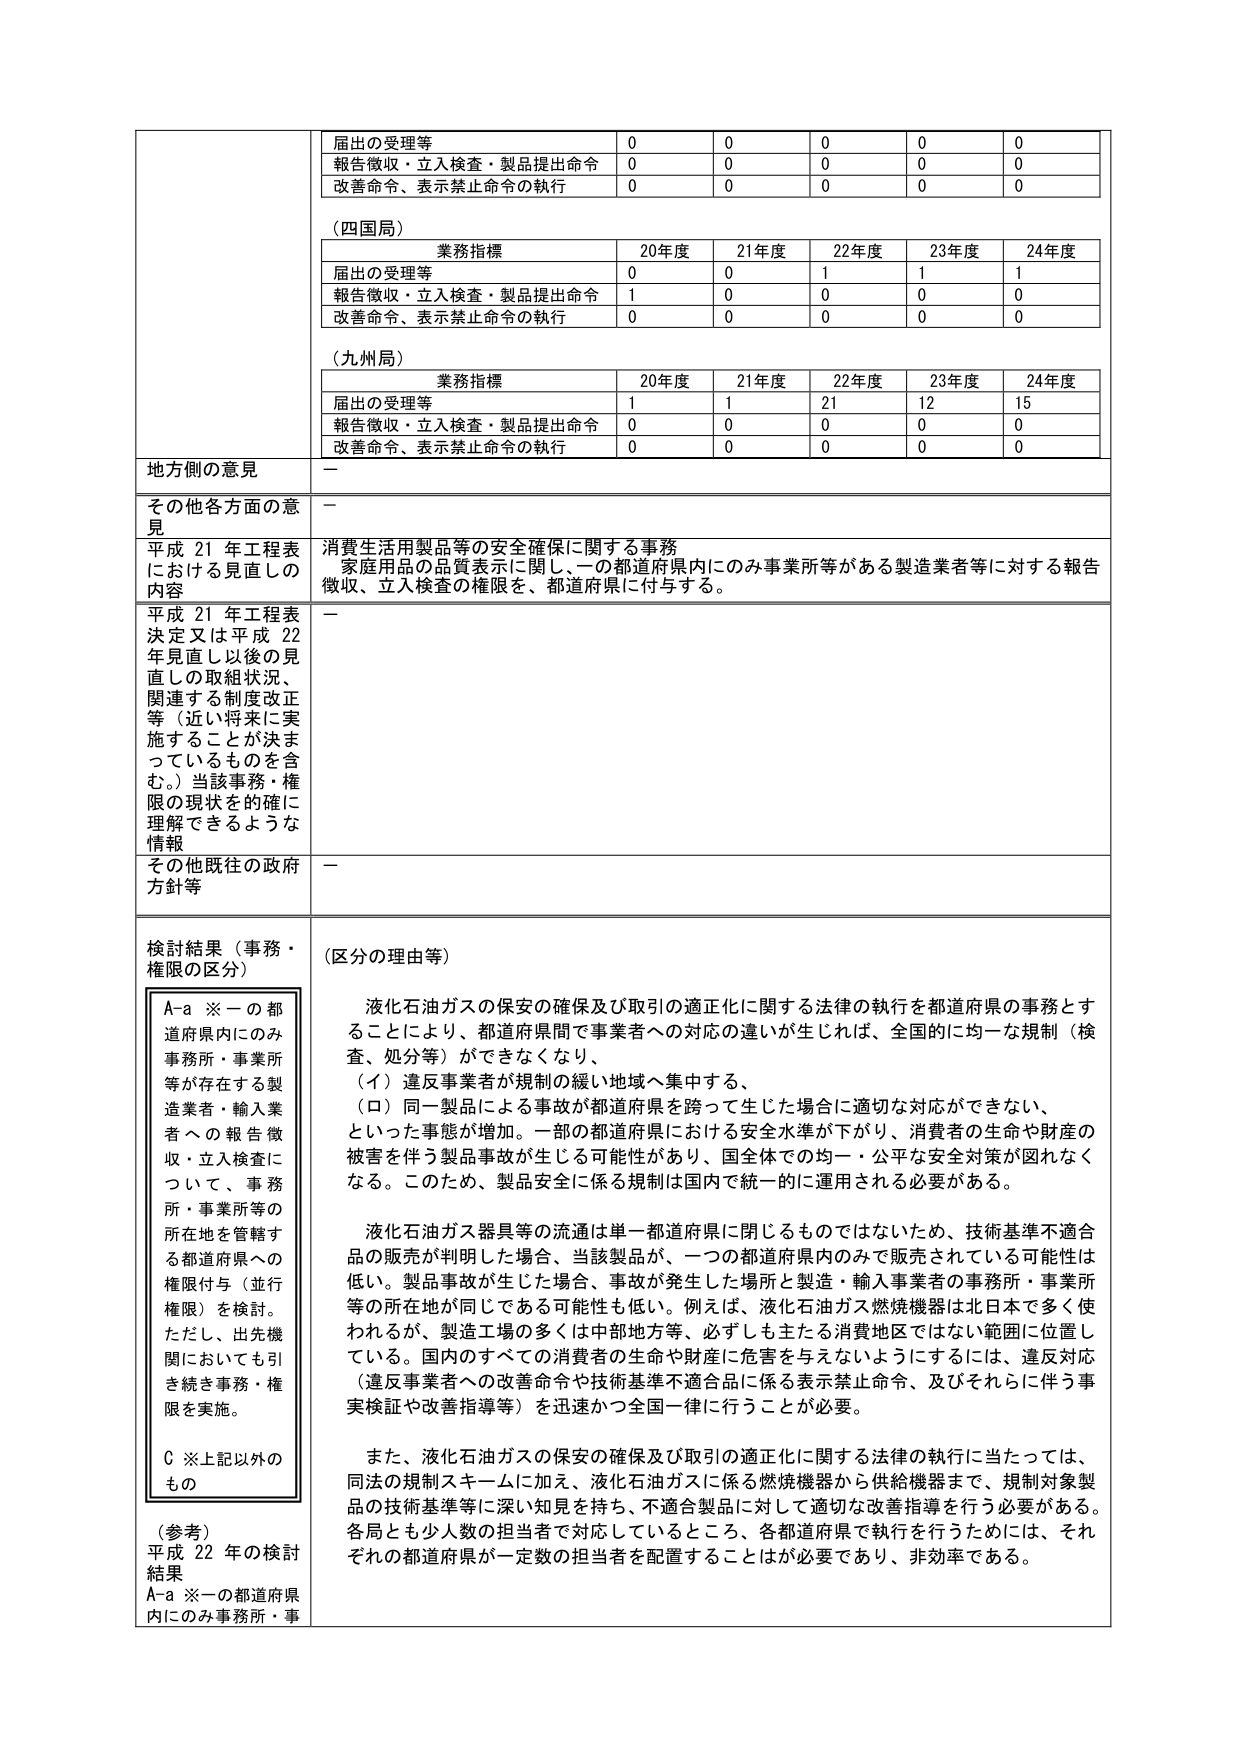
届出の受理等 0 0 0 0 0
報告徴収・立入検査・製品提出命令 0 0 0 0 0
改善命令、表示禁止命令の執行 0 0 0 0 0

（四国局）
業務指標 20年度 21年度 22年度 23年度 24年度
届出の受理等 0 0 1 1 1
報告徴収・立入検査・製品提出命令 1 0 0 0 0
改善命令、表示禁止命令の執行 0 0 0 0 0

（九州局）
業務指標 20年度 21年度 22年度 23年度 24年度
届出の受理等 1 1 21 12 15
報告徴収・立入検査・製品提出命令 0 0 0 0 0
改善命令、表示禁止命令の執行 0 0 0 0 0

地方側の意見 －
その他各方面の意見 －
平成21年工程表における見直しの内容 消費生活用製品等の安全確保に関する事務
家庭用品の品質表示に関し、一の都道府県内にのみ事業所等がある製造業者等に対する報告徴収、立入検査の権限を、都道府県に付与する。

平成21年工程表決定又は平成22年見直し以後の見直しの取組状況、関連する制度改正等（近い将来に実施することが決まっているものを含む。）当該事務・権限の現状を的確に理解できるような情報 －

その他既往の政府方針等 －

検討結果（事務・権限の区分）
A-a ※一の都道府県内にのみ事務所・事業所等が存在する製造業者・輸入業者への報告徴収・立入検査について、事務所・事業所等の所在地を管轄する都道府県への権限付与（並行権限）を検討。ただし、出先機関においても引き続き事務・権限を実施。
C ※上記以外のもの

（参考）
平成22年の検討結果
A-a ※一の都道府県内にのみ事務所・事

（区分の理由等）
液化石油ガスの保安の確保及び取引の適正化に関する法律の執行を都道府県の事務とすることにより、都道府県間で事業者への対応の違いが生じれば、全国的に均一な規制（検査、処分等）ができなくなり、
（イ）違反事業者が規制の緩い地域へ集中する、
（ロ）同一製品による事故が都道府県を跨って生じた場合に適切な対応ができない、
といった事態が増加。一部の都道府県における安全水準が下がり、消費者の生命や財産の被害を伴う製品事故が生じる可能性があり、国全体での均一・公平な安全対策が図れなくなる。このため、製品安全に係る規制は国内で統一的に運用される必要がある。

液化石油ガス器具等の流通は単一都道府県に閉じるものではないため、技術基準不適合品の販売が判明した場合、当該製品が、一つの都道府県内のみで販売されている可能性は低い。製品事故が生じた場合、事故が発生した場所と製造・輸入事業者の事務所・事業所等の所在地が同じである可能性も低い。例えば、液化石油ガス燃焼機器は北日本で多く使われるが、製造工場の多くは中部地方等、必ずしも主たる消費地区ではない範囲に位置している。国内のすべての消費者の生命や財産に危害を与えないようにするには、違反対応（違反事業者への改善命令や技術基準不適合品に係る表示禁止命令、及びそれらに伴う事実検証や改善指導等）を迅速かつ全国一律に行うことが必要。

また、液化石油ガスの保安の確保及び取引の適正化に関する法律の執行に当たっては、同法の規制スキームに加え、液化石油ガスに係る燃焼機器から供給機器まで、規制対象製品の技術基準等に深い知見を持ち、不適合製品に対して適切な改善指導を行う必要がある。各局とも少人数の担当者で対応しているところ、各都道府県で執行を行うためには、それぞれの都道府県が一定数の担当者を配置することはが必要であり、非効率である。